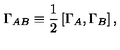
\Gamma _ { A B } \equiv { \frac { 1 } { 2 } } \left[ \Gamma _ { A } , \Gamma _ { B } \right] ,